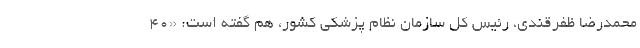
محمدرضا ظفرقندی، رئیس کل سازمان نظام پزشکی کشور، هم گفته است: «۴۰